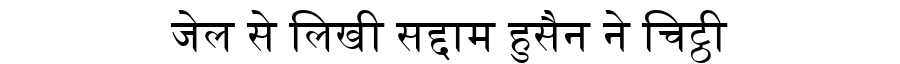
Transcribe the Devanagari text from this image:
जेल से लिखी सद्दाम हुसैन ने चिट्ठी